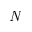
\textit { N }